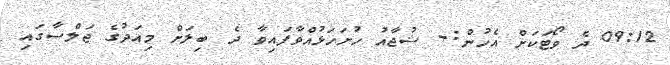
09:12 ދެ ވޯޓަކަށް އެހުން:- ޝުޖާއު ހުށަހަޅުއްވާފައިވާ ދެ ބިލަށް މިއަދުގެ ޖަލްސާގައި